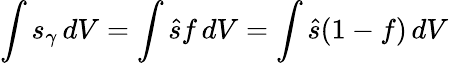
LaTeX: \int s_{\gamma}\, dV=\int\hat{s}f\, dV=\int\hat{s}(1-f)\, dV